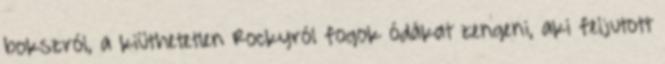
bokszról, a kiüthetetlen Rockyról fogok ódákat zengeni, aki feljutott